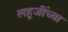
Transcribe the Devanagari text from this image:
लहूजींच्या